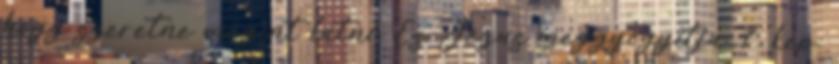
hogy szeretne megint látni. És Jézus meggyógyítja. 7. kép: